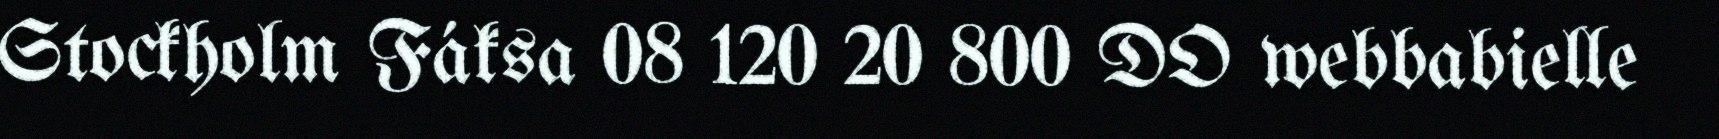
Stockholm Fáksa 08 120 20 800 DO webbabielle